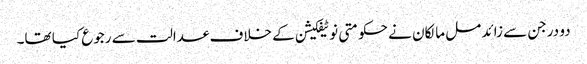
دو درجن سے زائد مل مالکان نے حکومتی نوٹیفکیشن کے خلاف عدالت سے رجوع کیا تھا۔